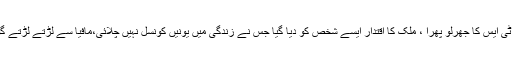
احسن اقبال نے کہا ہے کہ 2018 میں آر ٹی ایس کا جھرلو پھرا ، ملک کا اقتدار ایسے شخص کو دیا گیا جس نے زندگی میں یونیں کونسل نہیں چلائی،مافیا سے لڑتے لڑتے گورباچوف نے ملک کی معیشت کو گرادیا۔